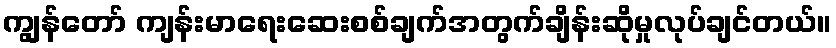
ကျွန်တော် ကျန်းမာရေးဆေးစစ်ချက်အတွက်ချိန်းဆိုမှုလုပ်ချင်တယ်။